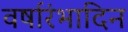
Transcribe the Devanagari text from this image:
वर्षारंभादिन